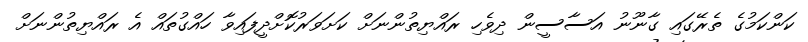
ކަންކަމުގެ ތެރޭގައި ގާނޫނު އަސާސީން ދިވެހި ރައްޔިތުންނަށް ކަށަވަރުކޮށްދީފައިވާ ހައްގުތައް އެ ރައްޔިތުންނަށް